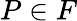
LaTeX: P\in F